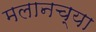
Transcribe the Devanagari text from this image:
मलानच्या